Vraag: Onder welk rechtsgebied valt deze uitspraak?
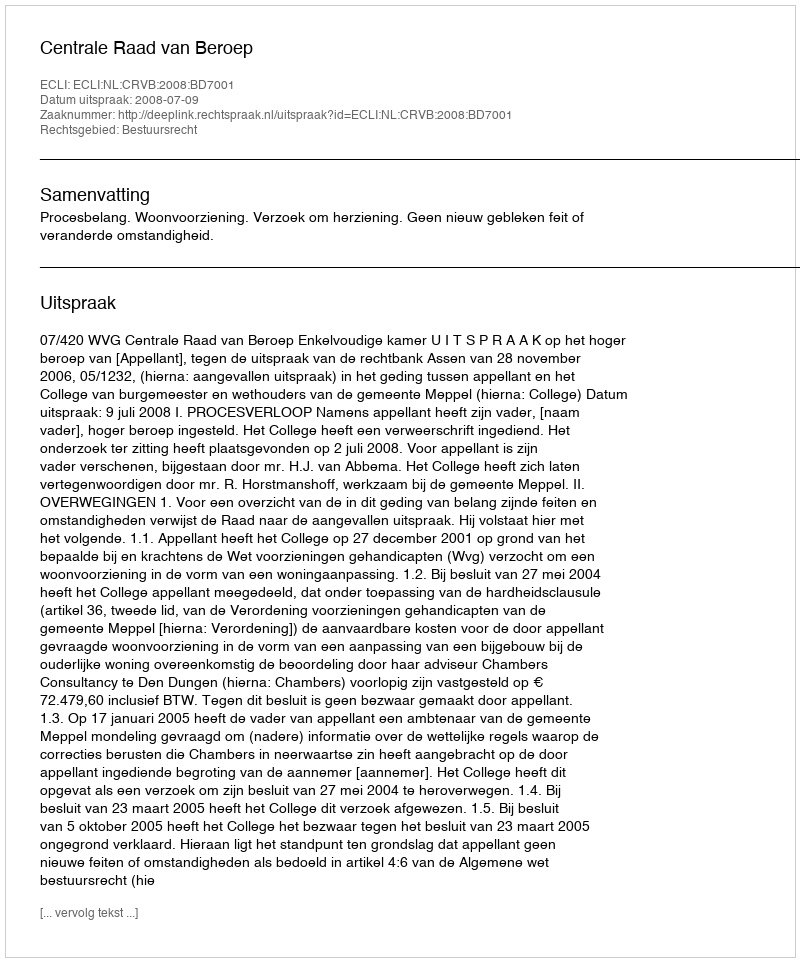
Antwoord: Bestuursrecht